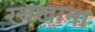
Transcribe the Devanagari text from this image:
रथखाना